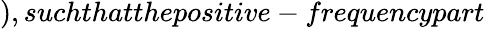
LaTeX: ),suchthatthepositive-frequencypart